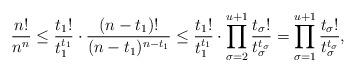
LaTeX: \begin{align*}\frac{n!}{n^n} \leq \frac{t_1!}{t_1^{t_1}} \cdot \frac{(n-t_1)!}{(n-t_1)^{n-t_1}} \leq \frac{t_1!}{t_1^{t_1}} \cdot \prod_{\sigma = 2}^{u+1} \frac{t_\sigma!}{t_\sigma^{t_\sigma}} = \prod_{\sigma = 1}^{u+1} \frac{t_\sigma!}{t_\sigma^{t_\sigma}},\end{align*}